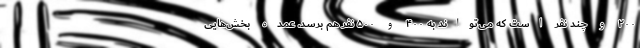
۲۰۰ و چند نفر است که می‌تواند به ۴۰۰ و ۵۰۰ نفر هم برسد. عمده بخش‌هایی